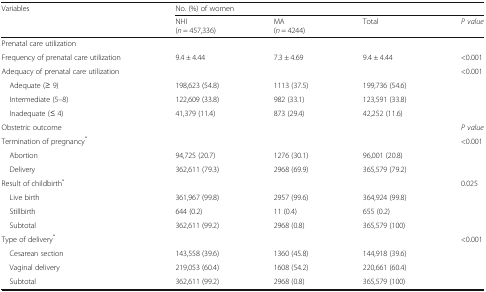
| <ROWSPAN=2> Variables | <COLSPAN=4> No. (%) of women |
 | NHI(n = 457,336) | MA(n = 4244) | Total | P value |
 | --- | --- | --- | --- | --- |
 | <COLSPAN=5> Prenatal care utilization |
 | Frequency of prenatal care utilization | 9.4 ± 4.44 | 7.3 ± 4.69 | 9.4 ± 4.44 | <0.001 |
 | Adequacy of prenatal care utilization |  |  |  | <0.001 |
 | Adequate (≥ 9) | 198,623 (54.8) | 1113 (37.5) | 199,736 (54.6) |  |
 | Intermediate (5–8) | 122,609 (33.8) | 982 (33.1) | 123,591 (33.8) |  |
 | Inadequate (≤ 4) | 41,379 (11.4) | 873 (29.4) | 42,252 (11.6) |  |
 | Obstetric outcome |  |  |  | P value |
 | Termination of pregnancy* |  |  |  | <0.001 |
 | Abortion | 94,725 (20.7) | 1276 (30.1) | 96,001 (20.8) |  |
 | Delivery | 362,611 (79.3) | 2968 (69.9) | 365,579 (79.2) |  |
 | Result of childbirth* |  |  |  | 0.025 |
 | Live birth | 361,967 (99.8) | 2957 (99.6) | 364,924 (99.8) |  |
 | Stillbirth | 644 (0.2) | 11 (0.4) | 655 (0.2) |  |
 | Subtotal | 362,611 (99.2) | 2968 (0.8) | 365,579 (100) |  |
 | Type of delivery* |  |  |  | <0.001 |
 | Cesarean section | 143,558 (39.6) | 1360 (45.8) | 144,918 (39.6) |  |
 | Vaginal delivery | 219,053 (60.4) | 1608 (54.2) | 220,661 (60.4) |  |
 | Subtotal | 362,611 (99.2) | 2968 (0.8) | 365,579 (100) |  |